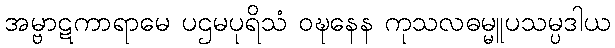
အမ္ဗာဋကာရာမေ ပဌမပုရိသံ ဝဍ္ဎနေန ကုသလဓမ္မူပသမ္ပဒါယ